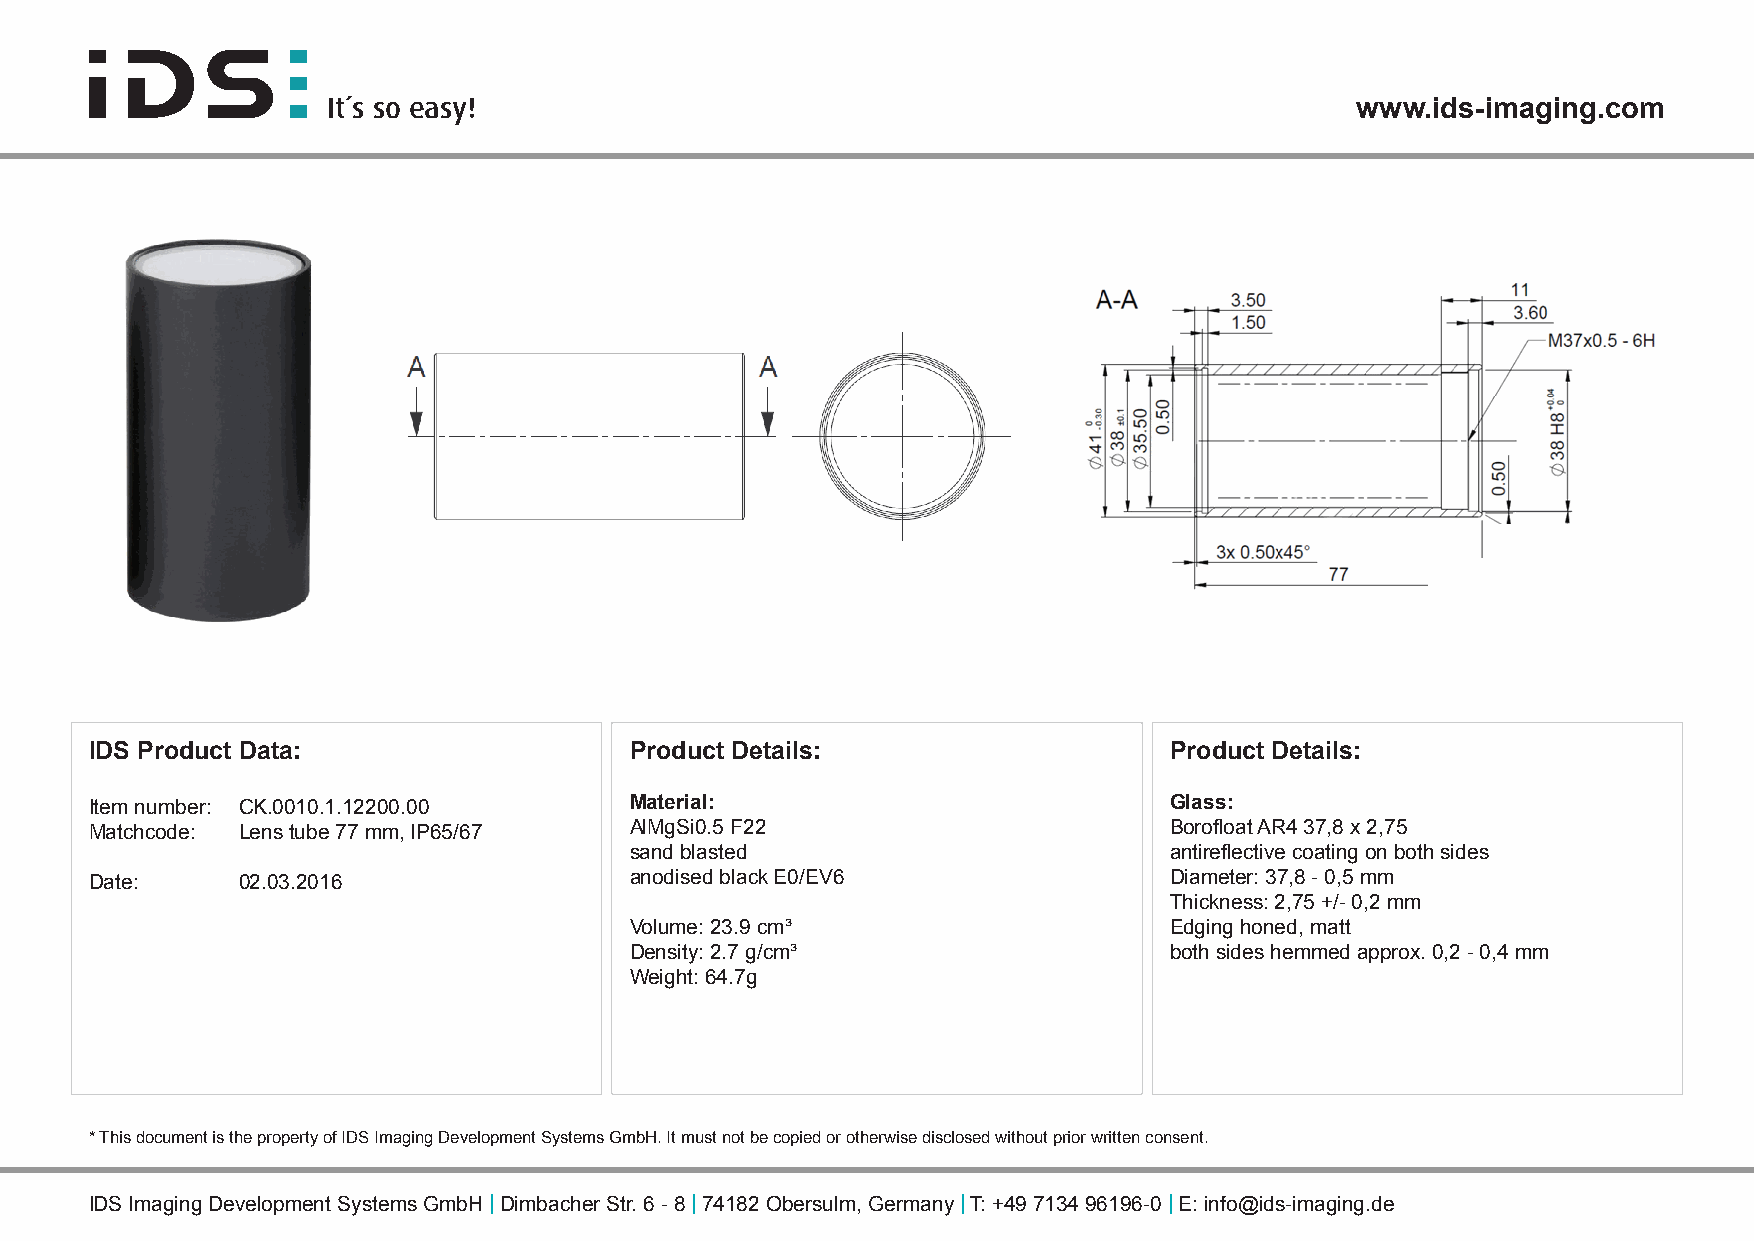
It´s so easy!                                                       www.ids-imaging.com
 IDS Product Data:                   Product Details:                   Product Details:
 Item number: CK.0010.1.12200.00     Material:                          Glass:
 Matchcode: Lens tube 77 mm, IP65/67 AlMgSi0.5 F22                      Borofloat AR4 37,8 x 2,75
 sand blasted                       antireflective coating on both sides
 Date:     02.03.2016                anodised black E0/EV6              Diameter: 37,8 - 0,5 mm
 Thickness: 2,75 +/- 0,2 mm
 Volume: 23.9 cm³                   Edging honed, matt
 Density: 2.7 g/cm³                 both sides hemmed approx. 0,2 - 0,4 mm
 Weight: 64.7g
 * This document is the property of IDS Imaging Development Systems GmbH. It must not be copied or otherwise disclosed without prior written consent.
 IDS Imaging Development Systems GmbH | Dimbacher Str. 6 - 8 | 74182 Obersulm, Germany | T: +49 7134 96196-0 | E: info@ids-imaging.de